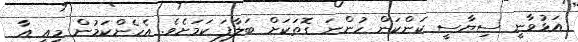
އަޅުވާނީ ސިޔާސީ ކަންކަން ހުންނަ ގޮތަކަށް ބަލާފަ ކަމަށެވެ. އެހެންކަމުން މިއީ އާ